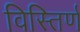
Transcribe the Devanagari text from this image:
विस्तिर्ण